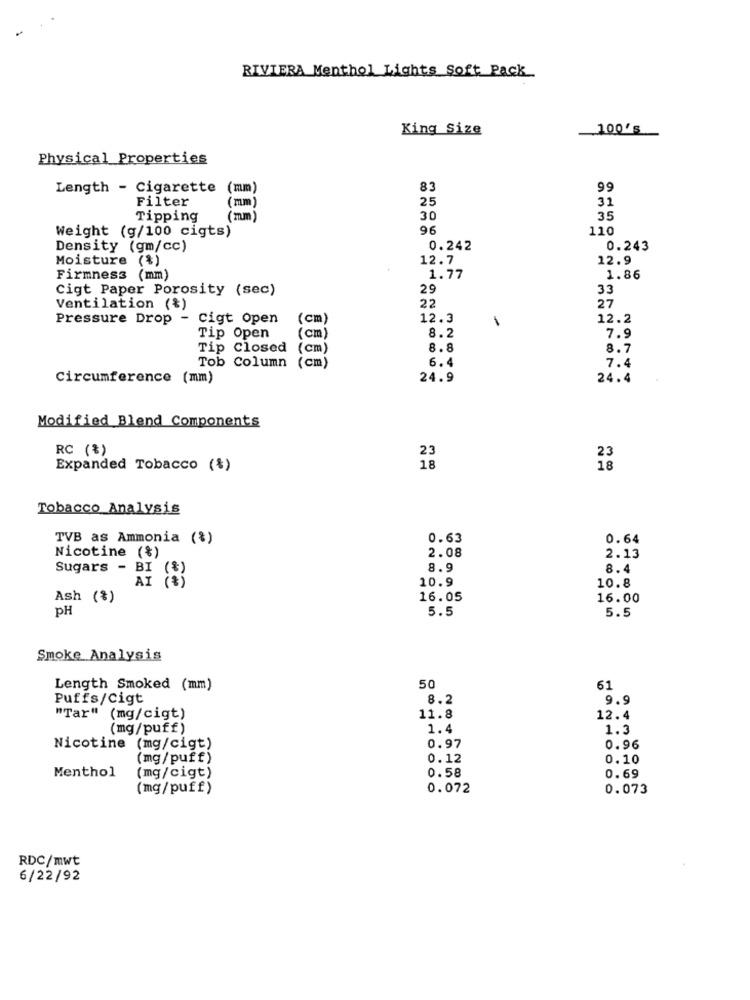
RIVIERA Menthol Lights Soft Pack
King Size
100's
Physical Properties
Length - Cigarette
(mm)
83
99
Filter
25
31
(mm)
Tipping
30
35
Weight (g/100 cigts)
96
110
Density (gm/cc)
0.242
0.243
Moisture (%)
12.7
12.9
Firmness (mm)
1.77
1.86
Cigt Paper Porosity (sec)
29
33
27
Ventilation (%)
22
Pressure Drop
Cigt Open
(cm
12.3
12.2
Tip Open
(cm)
8.2
7.9
Tip Closed
8.8
8.7
Tob Column
(cm)
6.4
7.4
Circumference (mm)
24.9
24.4
Modified Blend Components
RC (%)
23
23
Expanded Tobacco (%)
18
18
Tobacco Analysis
TVB as Ammonia (%)
0.63
0.64
Nicotine (%)
2.08
2.13
Sugars - BI (%)
8.9
8.4
AI (%)
10.9
10.8
Ash (%)
16.05
16.00
pH
5.5
5.5
Smoke Analysis
Length Smoked (mm)
50
61
Puffs/Cigt
8.2
9.9
"Tar" (mg/cigt)
11.8
12.4
(mg/puff)
1.4
1.3
Nicotine (mg/cigt)
0.97
0.96
(mg/puff)
0.12
0.10
Menthol
(mg/cigt)
0.58
0.69
(mg/puff)
0.072
0.073
RDC/mwt
6/22/92